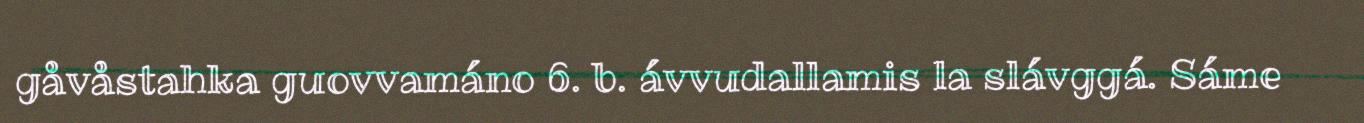
gåvåstahka guovvamáno 6. b. ávvudallamis la slávggá. Sáme